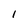
Character: 1